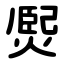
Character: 㷩